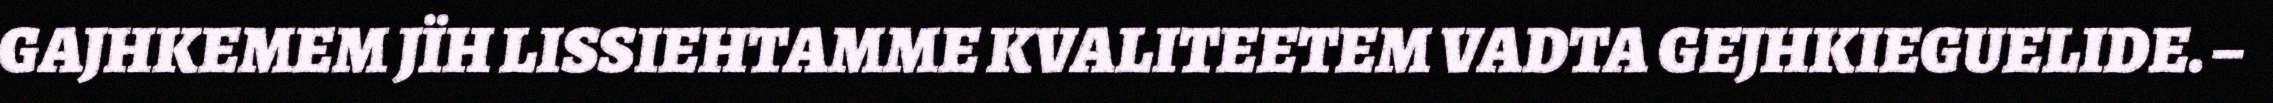
GAJHKEMEM JÏH LISSIEHTAMME KVALITEETEM VADTA GEJHKIEGUELIDE. –